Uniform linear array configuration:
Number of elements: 64
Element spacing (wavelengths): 1
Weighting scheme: blackman
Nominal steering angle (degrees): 0
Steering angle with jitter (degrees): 1.282
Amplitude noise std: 0.05
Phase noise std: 0.05

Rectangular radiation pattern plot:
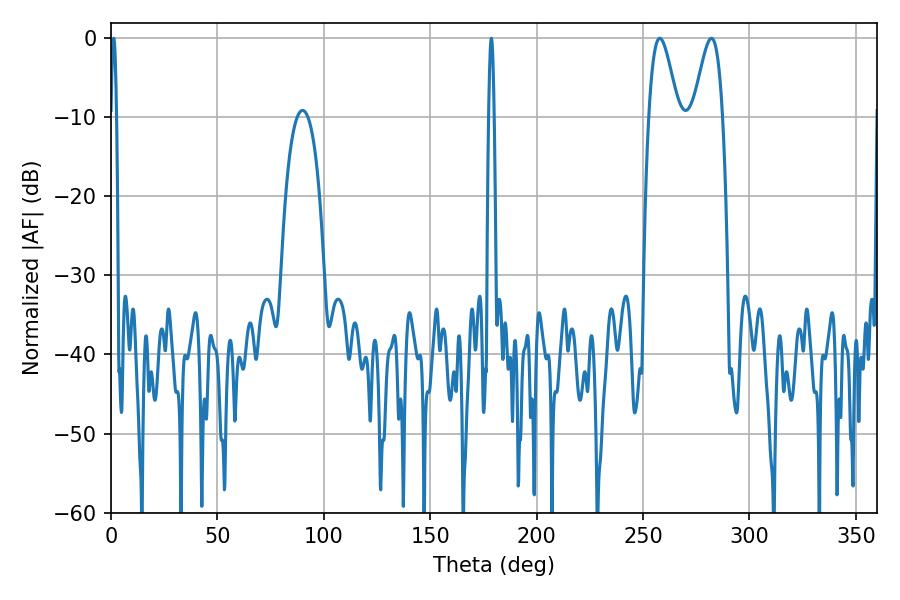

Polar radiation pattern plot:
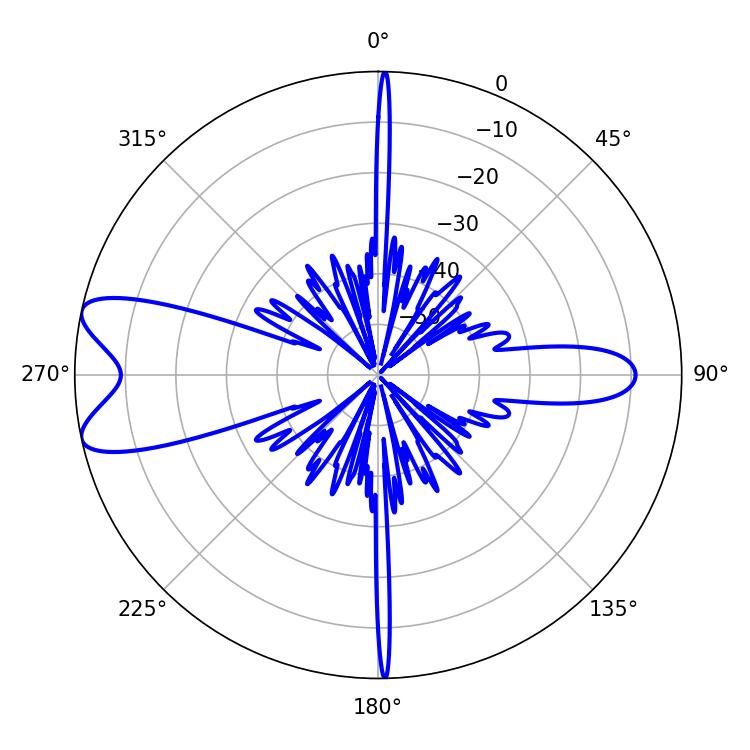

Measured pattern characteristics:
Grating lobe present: TRUE
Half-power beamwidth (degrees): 7.2
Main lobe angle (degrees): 257.94